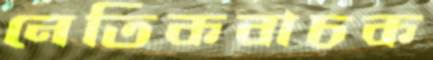
নেতিকবাচক